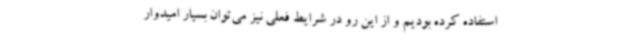
استفاده کرده بودیم و از این رو در شرایط فعلی نیز می‌توان بسیار امیدوار